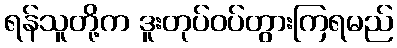
ရန်သူတို့က ဒူးတုပ်ဝပ်တွားကြရမည်